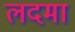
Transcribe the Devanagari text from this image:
लदमा